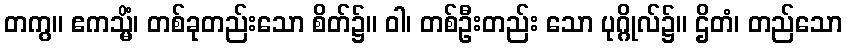
တကွ။ ဧကသ္မိံ၊ တစ်ခုတည်းသော စိတ်၌။ ဝါ၊ တစ်ဦးတည်း သော ပုဂ္ဂိုလ်၌။ ဌိတံ၊ တည်သော